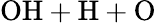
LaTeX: \mathrm{OH+H+O}